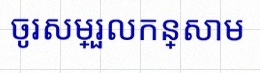
ចូរសម្រួលកន្សោម